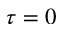
\tau = 0